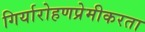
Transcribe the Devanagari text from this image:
गिर्यारोहणप्रेमीकरता